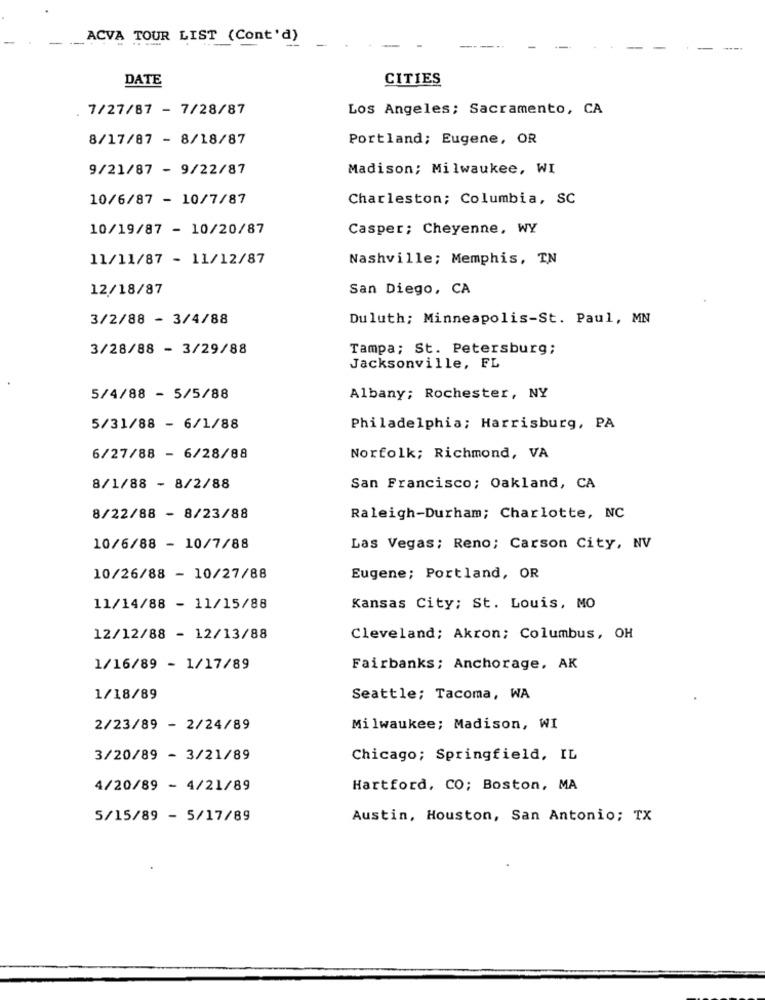
ACVA TOUR LIST (Cont'd)
DATE
CITIES
7/27/87 - 7/28/87
Los Angeles; Sacramento, CA
8/17/87 - 8/18/87
Portland; Eugene, OR
9/21/87 - 9/22/87
Madison; Milwaukee, WI
10/6/87 - 10/7/87
Charleston; Columbia, SC
10/19/87 - 10/20/87
Casper; Cheyenne, WY
11/11/87 - 11/12/87
Nashville; Memphis, TN
12/18/87
San Diego, CA
3/2/88 - 3/4/88
Duluth; Minneapolis-St. Paul, MN
3/28/88 - 3/29/88
Tampa; St. Petersburg;
Jacksonville, FL
5/4/88 - 5/5/88
Albany; Rochester, NY
5/31/88 - 6/1/88
Philadelphia; Harrisburg, PA
6/27/88 - 6/28/88
Norfolk; Richmond, VA
8/1/88 - 8/2/88
San Francisco; Oakland, CA
8/22/88 - 8/23/88
Raleigh-Durham; Charlotte, NC
10/6/88 - 10/7/88
Las Vegas; Reno; Carson City, NV
10/26/88 - 10/27/88
Eugene; Portland, OR
11/14/88 - 11/15/88
Kansas City; St. Louis, MO
12/12/88 - 12/13/88
Cleveland; Akron; Columbus, OH
1/16/89 - 1/17/89
Fairbanks; Anchorage, AK
1/18/89
Seattle; Tacoma, WA
2/23/89 - 2/24/89
Milwaukee; Madison, WI
3/20/89 - 3/21/89
Chicago; Springfield, IL
4/20/89 - 4/21/89
Hartford, CO; Boston, MA
5/15/89 - 5/17/89
Austin, Houston, San Antonio; TX